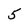
Character: 5